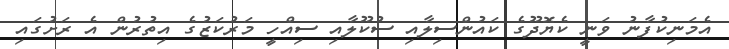
އެމަނިކުފާނު ވަނީ ކެޔޮދޫގެ ކައުންސިލާއި ސުކޫލާއި ސިއްހީ މަރުކަޒުގެ އިތުރުން އެ ރަށުގައި